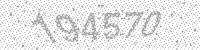
Solution: 194570